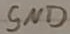
Text: GND